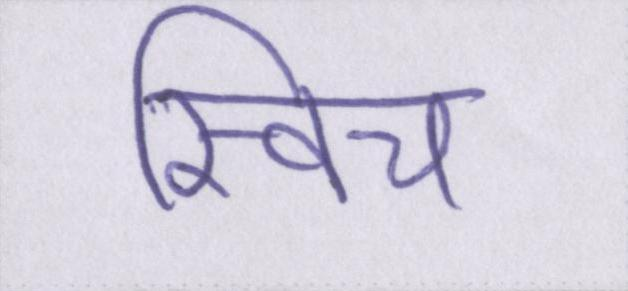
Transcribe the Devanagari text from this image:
स्विच